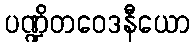
ပဏ္ဍိတဝေဒနီယော